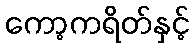
ကော့ကရိတ်နှင့်